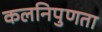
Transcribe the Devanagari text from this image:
कलनिपुणता